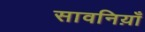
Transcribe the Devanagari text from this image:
सावनिय़ाँ